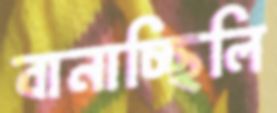
বানাচ্ছিলি